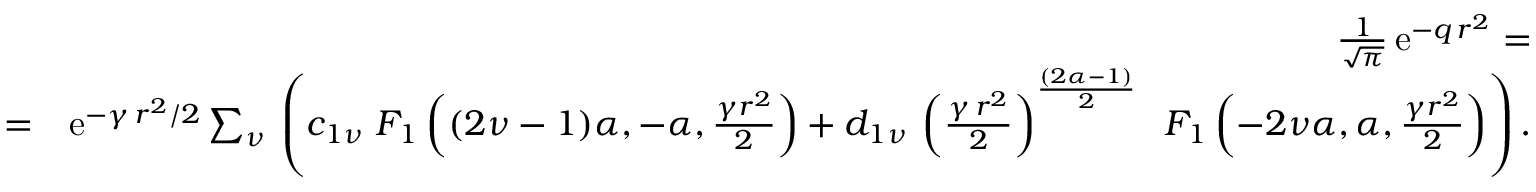
\begin{array} { r l r } & { } & { { \frac { 1 } { \sqrt { \pi } } } \, \mathrm { e } ^ { - q \, r ^ { 2 } } = } \\ & { = } & { \mathrm { e } ^ { - \gamma \, r ^ { 2 } / 2 } \sum _ { \nu } \, \left( c _ { 1 \nu } \; F _ { 1 } \left( ( 2 \nu - 1 ) \alpha , - \alpha , \frac { \gamma r ^ { 2 } } { 2 } \right) + d _ { 1 \nu } \, \left( { \frac { \gamma \, r ^ { 2 } } { 2 } } \right) ^ { \frac { ( 2 \alpha - 1 ) } { 2 } } \; \; F _ { 1 } \left( - 2 \nu \alpha , \alpha , \frac { \gamma r ^ { 2 } } { 2 } \right) \right) . } \end{array}